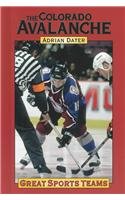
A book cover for Colorado Avalanche (Great Sports Teams); Adrian Dater; Teen & Young Adult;